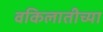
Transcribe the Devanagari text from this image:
वकिलातीच्या